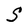
Character: S